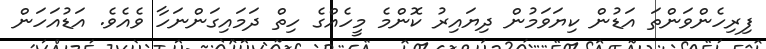
ފިރިހެންވަންތަ އަޑުން ކިޔަވަމުން ދިޔައިރު ކޮންމެ މީހެއްގެ ހިތް ދަމައިގަންނަހާ ވެއެވެ. އަޑުއަހަން